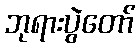
ဘုရားပွဲတော်